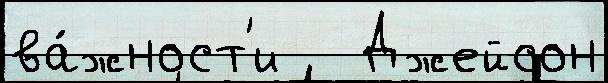
ва́жност'и   Джейсон